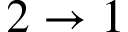
2 \to 1